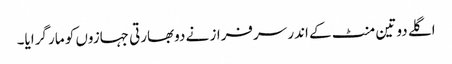
اگلے دو تین منٹ کے اندر سرفراز نے دوبھارتی جہازوں کو مار گرایا۔